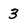
Character: 3